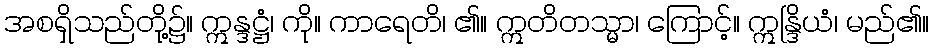
အစရှိသည်တို့၌။ ဣန္ဒဋ္ဌံ၊ ကို။ ကာရေတိ၊ ၏။ ဣတိတသ္မာ၊ ကြောင့်။ ဣန္ဒြိယံ၊ မည်၏။